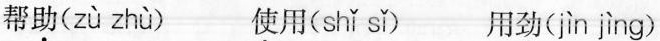
帮助（zù zhù） 使用（shǐ sǐ） 用劲（jìn jìng）